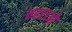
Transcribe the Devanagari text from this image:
ठहराओ